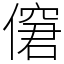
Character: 僒